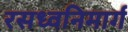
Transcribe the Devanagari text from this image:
रसध्वनिमार्ग